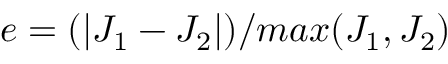
e = ( | J _ { 1 } - J _ { 2 } | ) / m a x ( J _ { 1 } , J _ { 2 } )